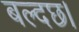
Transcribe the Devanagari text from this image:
बल्दछ।